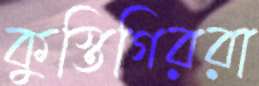
কুস্তিগিররা